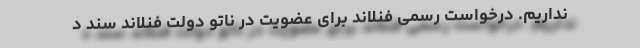
نداریم. درخواست رسمی فنلاند برای عضویت در ناتو دولت فنلاند ‌سند د